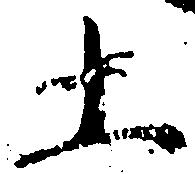
上